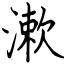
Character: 漱